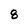
Character: 8